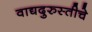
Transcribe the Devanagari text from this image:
वाद्यदुरुस्तीचे